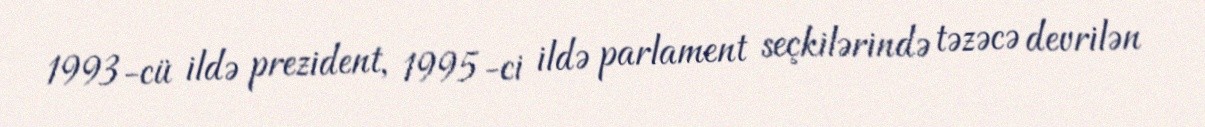
1993-cü ildə prezident, 1995-ci ildə parlament seçkilərində təzəcə devrilən